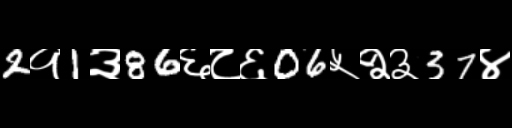
Text: 2१1३86६८६06५२३37४